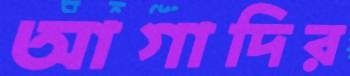
আগাদির